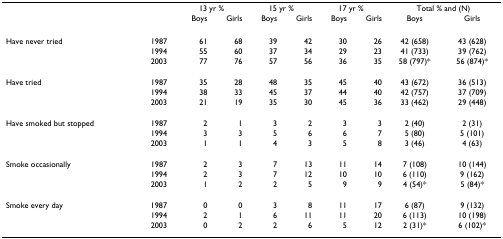
<table><thead><tr><td></td><td></td><td colspan="2"><b>13 yr %</b></td><td colspan="2"><b>15 yr %</b></td><td colspan="2"><b>17 yr %</b></td><td colspan="2"><b>Total % and (N)</b></td></tr><tr><td></td><td></td><td><b>Boys</b></td><td><b>Girls</b></td><td><b>Boys</b></td><td><b>Girls</b></td><td><b>Boys</b></td><td><b>Girls</b></td><td><b>Boys</b></td><td><b>Girls</b></td></tr></thead><tbody><tr><td>Have never tried</td><td>1987</td><td>61</td><td>68</td><td>39</td><td>42</td><td>30</td><td>26</td><td>42 (658)</td><td>43 (628)</td></tr><tr><td></td><td>1994</td><td>55</td><td>60</td><td>37</td><td>34</td><td>29</td><td>23</td><td>41 (733)</td><td>39 (762)</td></tr><tr><td></td><td>2003</td><td>77</td><td>76</td><td>57</td><td>56</td><td>36</td><td>35</td><td>58 (797)*</td><td>56 (874)*</td></tr><tr><td>Have tried</td><td>1987</td><td>35</td><td>28</td><td>48</td><td>35</td><td>45</td><td>40</td><td>43 (672)</td><td>36 (513)</td></tr><tr><td></td><td>1994</td><td>38</td><td>33</td><td>45</td><td>37</td><td>44</td><td>40</td><td>42 (757)</td><td>37 (709)</td></tr><tr><td></td><td>2003</td><td>21</td><td>19</td><td>35</td><td>30</td><td>45</td><td>36</td><td>33 (462)</td><td>29 (448)</td></tr><tr><td>Have smoked but stopped</td><td>1987</td><td>2</td><td>1</td><td>3</td><td>2</td><td>3</td><td>3</td><td>2 (40)</td><td>2 (31)</td></tr><tr><td></td><td>1994</td><td>3</td><td>3</td><td>5</td><td>6</td><td>6</td><td>7</td><td>5 (80)</td><td>5 (101)</td></tr><tr><td></td><td>2003</td><td>1</td><td>1</td><td>4</td><td>3</td><td>5</td><td>8</td><td>3 (46)</td><td>4 (63)</td></tr><tr><td>Smoke occasionally</td><td>1987</td><td>2</td><td>3</td><td>7</td><td>13</td><td>11</td><td>14</td><td>7 (108)</td><td>10 (144)</td></tr><tr><td></td><td>1994</td><td>2</td><td>3</td><td>7</td><td>12</td><td>10</td><td>10</td><td>6 (110)</td><td>9 (162)</td></tr><tr><td></td><td>2003</td><td>1</td><td>2</td><td>2</td><td>5</td><td>9</td><td>9</td><td>4 (54)*</td><td>5 (84)*</td></tr><tr><td>Smoke every day</td><td>1987</td><td>0</td><td>0</td><td>3</td><td>8</td><td>11</td><td>17</td><td>6 (87)</td><td>9 (132)</td></tr><tr><td></td><td>1994</td><td>2</td><td>1</td><td>6</td><td>11</td><td>11</td><td>20</td><td>6 (113)</td><td>10 (198)</td></tr><tr><td></td><td>2003</td><td>0</td><td>2</td><td>2</td><td>6</td><td>5</td><td>12</td><td>2 (31)*</td><td>6 (102)*</td></tr></tbody></table>